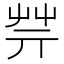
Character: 𦬟